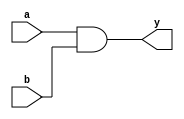
`timescale 1ns / 1ps
//////////////////////////////////////////////////////////////////////////////////
// Company: 
// 
// Design Name: 
// Module Name: or2
// Project Name: 
// Target Devices: 
// Tool Versions: 
// Description: 
// 
// Dependencies: 
// 
// Revision:
// Revision 0.01 - File Created
// Additional Comments:
// 
//////////////////////////////////////////////////////////////////////////////////

module and2 (
    input a, b,
    output y
    );
    
    assign y = a & b;
    
endmodule